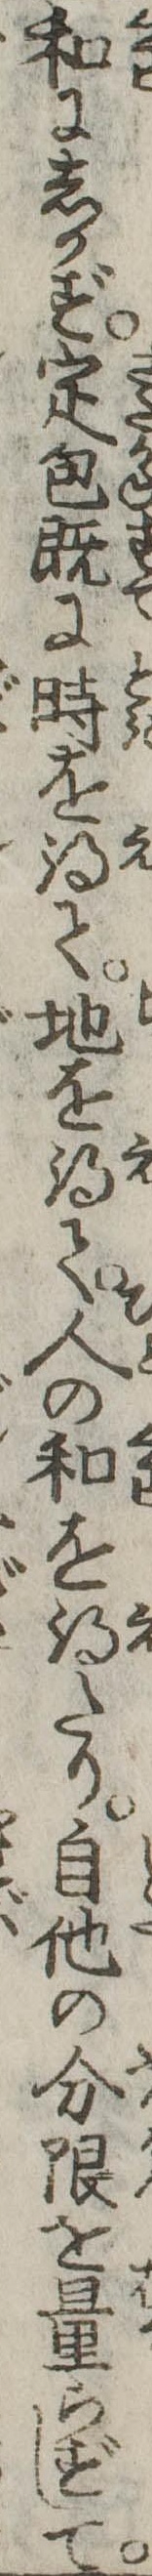
和にしかず定包既に時を得て地を得て人の和を得たり自他の分限を量らずして